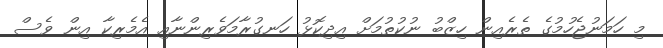
މި ހަމަނުޖެހުމުގެ ތެރެއިން ހިޒްބު ނުކުތުމަށް އިދިކޮޅު ހަނގުރާމަވެރިންނާއި އެމެރިކާ އިން ވެސް